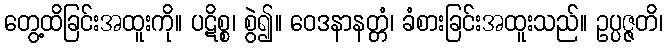
တွေ့ထိခြင်းအထူးကို။ ပဋိစ္စ၊ စွဲ၍။ ဝေဒနာနတ္တံ၊ ခံစားခြင်းအထူးသည်။ ဥပ္ပဇ္ဇတိ၊